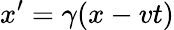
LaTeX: x^{\prime}=\gamma(x-vt)